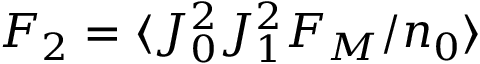
F _ { 2 } = \langle J _ { 0 } ^ { 2 } J _ { 1 } ^ { 2 } F _ { M } / n _ { 0 } \rangle